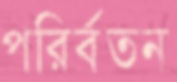
পরির্বতন